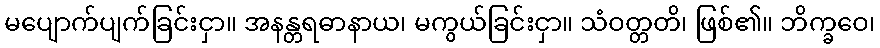
မပျောက်ပျက်ခြင်းငှာ။ အနန္တရဓာနာယ၊ မကွယ်ခြင်းငှာ။ သံဝတ္တတိ၊ ဖြစ်၏။ ဘိက္ခဝေ၊